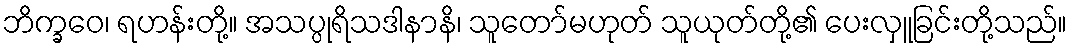
ဘိက္ခဝေ၊ ရဟန်းတို့။ အသပ္ပုရိသဒါနာနိ၊ သူတော်မဟုတ် သူယုတ်တို့၏ ပေးလှူခြင်းတို့သည်။